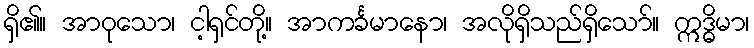
ရှိ၏။ အာဝုသော၊ ငါ့ရှင်တို့။ အာကင်္ခမာနော၊ အလိုရှိသည်ရှိသော်။ ဣဒ္ဓိမာ၊